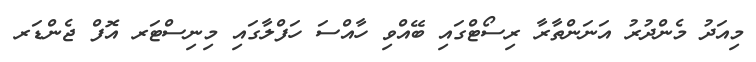
މިއަދު މެންދުރު އަނަންތާރާ ރިސޯޓްގައި ބޭއްވި ހާއްސަ ހަފްލާގައި މިނިސްޓަރ އޮފް ޖެންޑަރ